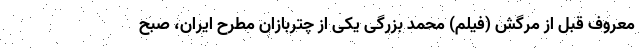
معروف قبل از مرگش (فیلم) محمد بزرگی یکی از چتربازان مطرح ایران، صبح